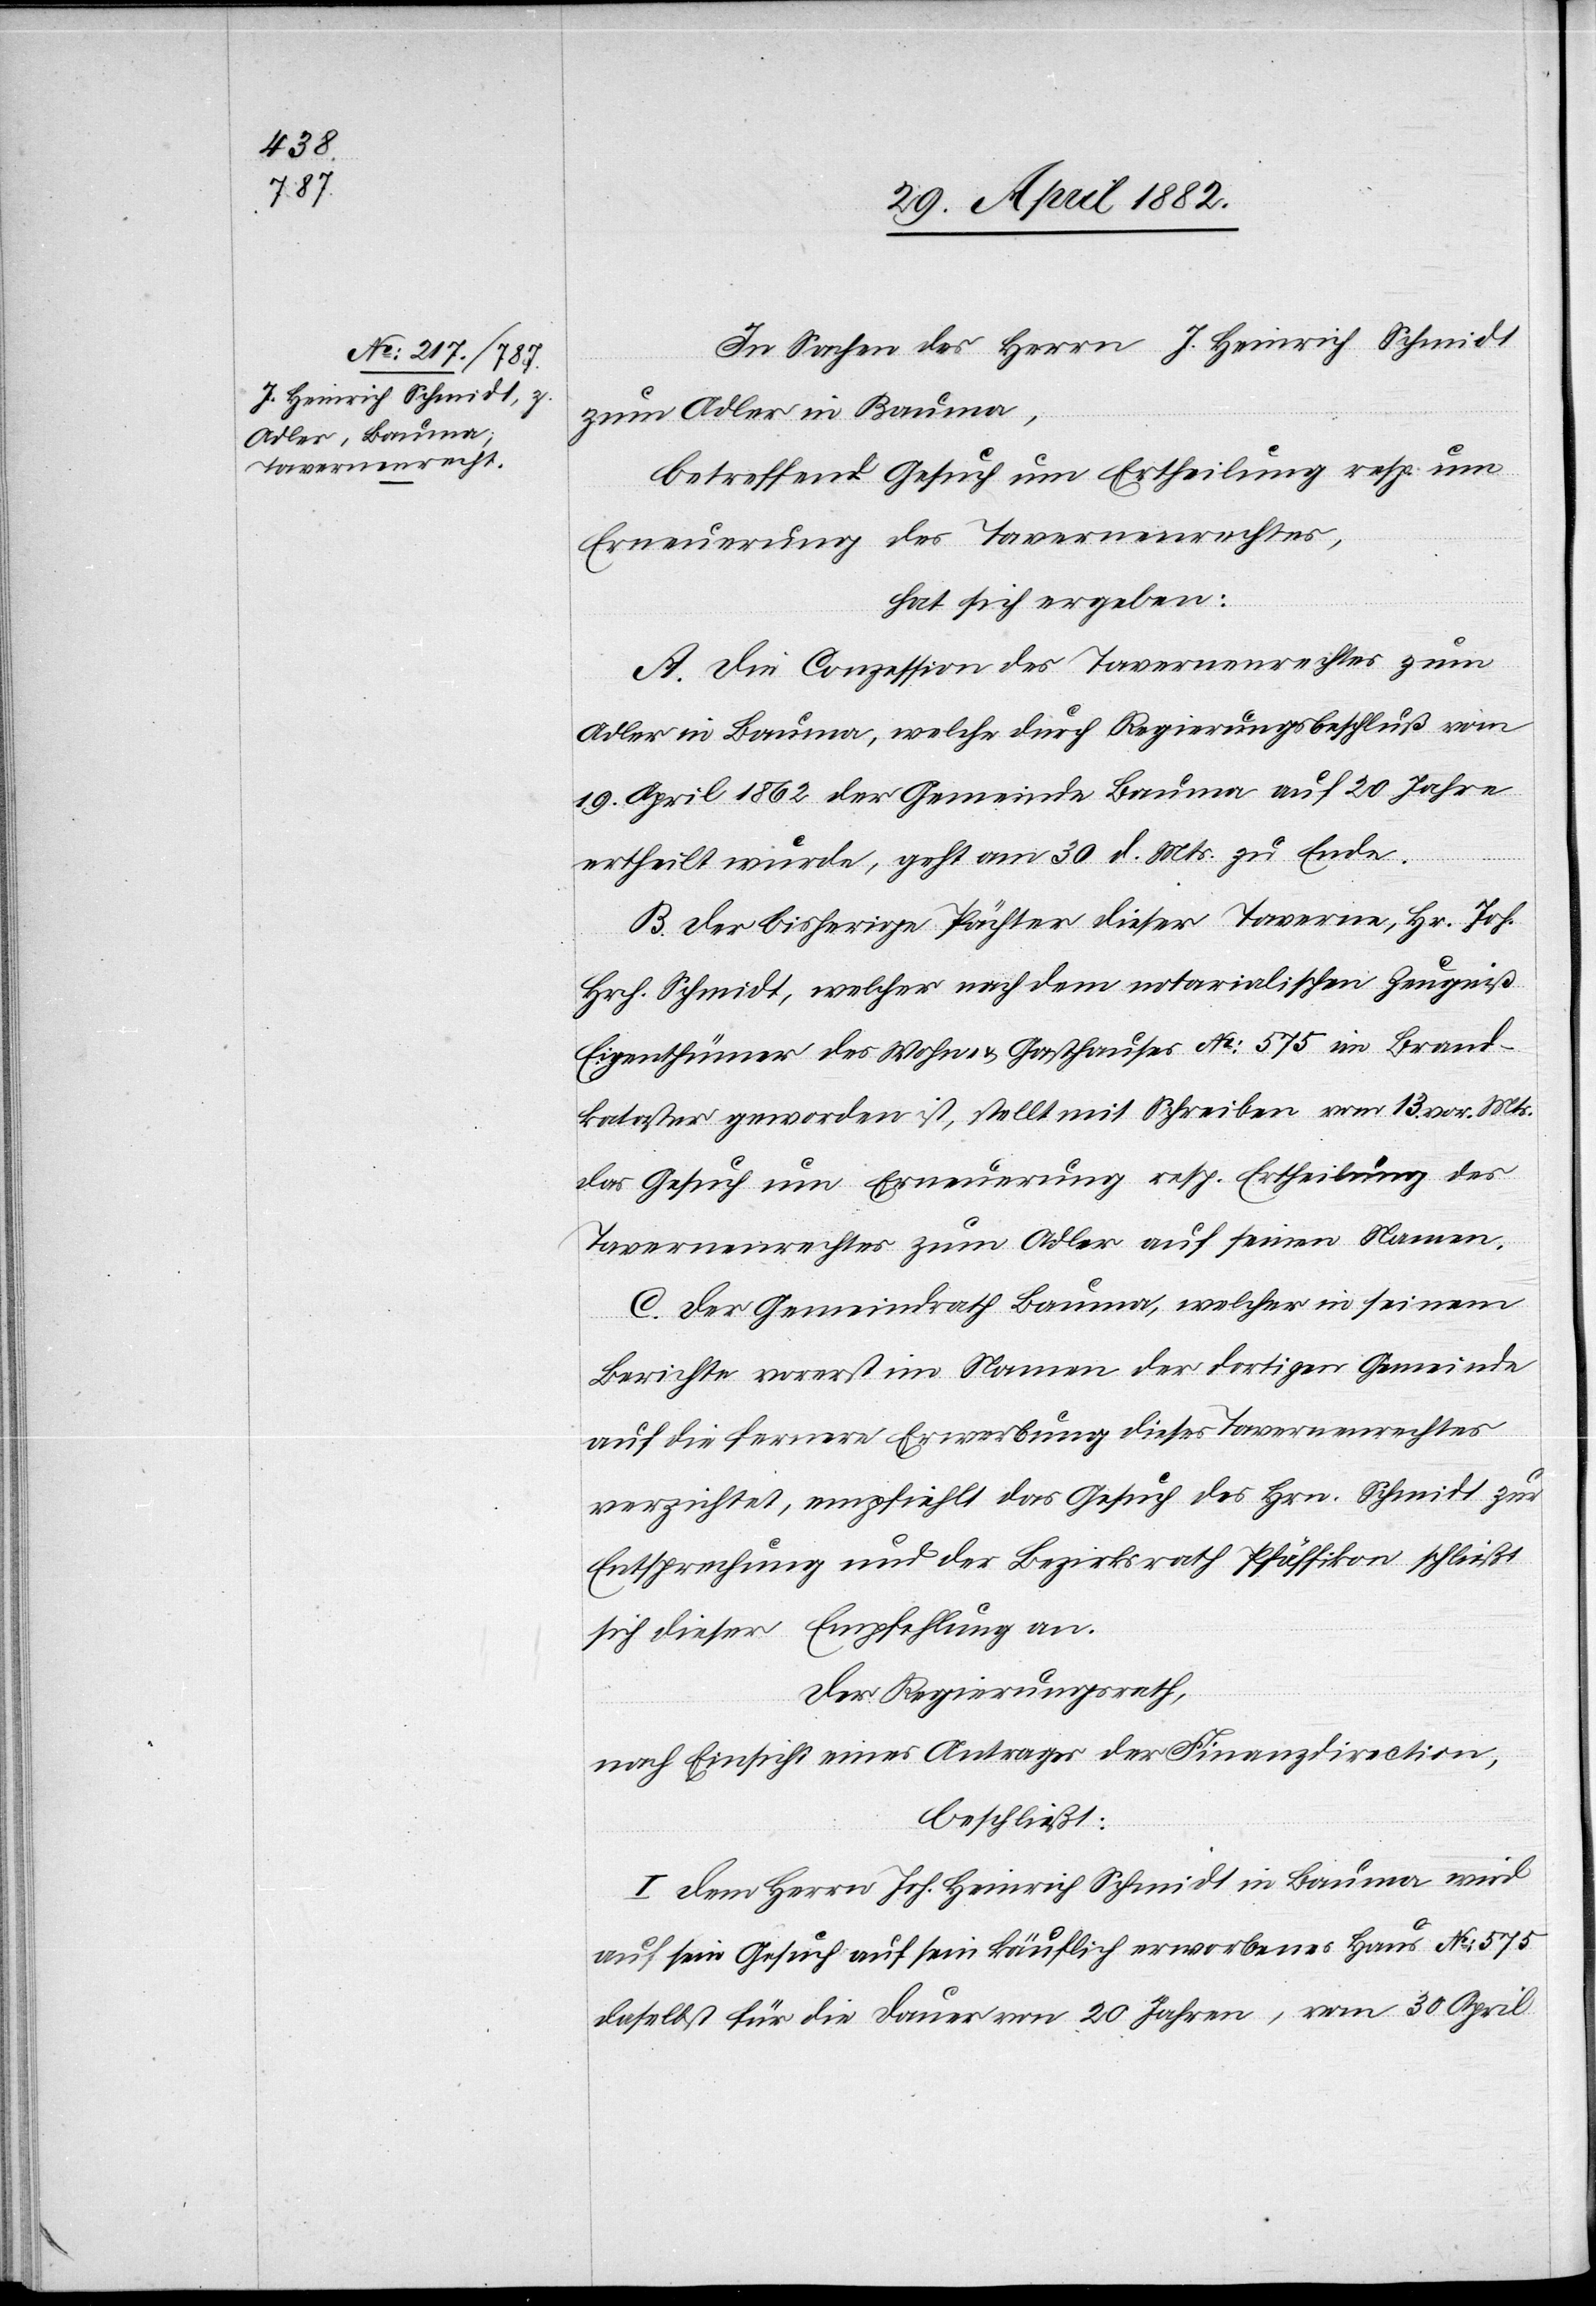
In Sachen des Herrn J. Heinrich Schmidt,
zum Adler in Bauma,
betreffend Gesuch um Ertheilung resp. um
Erneuerung des Tavernenrechtes,
hat sich ergeben:
A. Die Conzession des Tavernenrechtes zum
Adler in Bauma, welche durch Regierungsbeschluß vom
19. April 1962 der Gemeinde Bauma auf 20 Jahre
ertheilt wurde, geht am 30. d. Mts. zu Ende.
B. Der bisherige Pächter dieser Taverne, Hr. Joh.
Hrch. Schmidt, welcher nach dem notarialischen Zeugniß
Eigenthümer des Wohn- & Gasthauses No 575 im Brand¬
kataster geworden ist, stellt mit Schreiben vom 13. vor. Mts.
das Gesuch um Erneuerung resp. Ertheilung des
Tavernenrechtes zum Adler auf seinen Namen.
C. Der Gemeindrath Bauma, welcher in seinem
Berichte vorerst im Namen der dortigen Gemeinde
auf die fernere Erwerbung dieses Tavernenrechtes
verzichtet, empfiehlt das Gesuch des Hrn. Schmidt zur
Entsprechung und der Bezirksrath Pfäffikon schließt
sich dieser Empfehlung an.
Der Regierungsrath,
nach Einsicht eines Antrages der Finanzdirection,
beschließt:
I. Dem Herrn Joh. Heinrich Schmidt in Bauma wird
auf sein Gesuch auf sein käuflich erworbenes Haus No 575
daselbst für die Dauer von 20 Jahren, vom 30. April